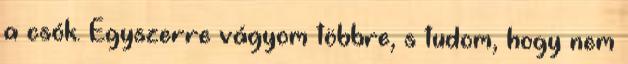
a csók. Egyszerre vágyom többre, s tudom, hogy nem